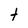
Character: t